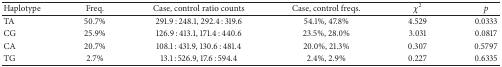
| Haplotype | Freq. | Case, control ratio counts | Case, control freqs. | χ2 | p |
 | --- | --- | --- | --- | --- | --- |
 | TA | 50.7% | 291.9 : 248.1, 292.4 : 319.6 | 54.1%, 47.8% | 4.529 | 0.0333 |
 | CG | 25.9% | 126.9 : 413.1, 171.4 : 440.6 | 23.5%, 28.0% | 3.031 | 0.0817 |
 | CA | 20.7% | 108.1 : 431.9, 130.6 : 481.4 | 20.0%, 21.3% | 0.307 | 0.5797 |
 | TG | 2.7% | 13.1 : 526.9, 17.6 : 594.4 | 2.4%, 2.9% | 0.227 | 0.6335 |